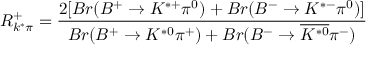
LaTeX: R _ { k ^ { * } \pi } ^ { + } = \frac { 2 [ B r ( B ^ { + } \rightarrow K ^ { * + } \pi ^ { 0 } ) + B r ( B ^ { - } \rightarrow K ^ { * - } \pi ^ { 0 } ) ] } { B r ( B ^ { + } \rightarrow K ^ { * 0 } \pi ^ { + } ) + B r ( B ^ { - } \rightarrow \overline { { { K ^ { * 0 } } } } \pi ^ { - } ) }